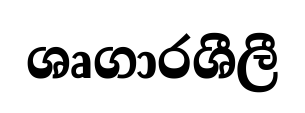
ශෘගාරශීලී